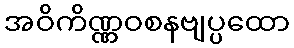
အဝိကိဏ္ဏဝစနဗျပ္ပထော